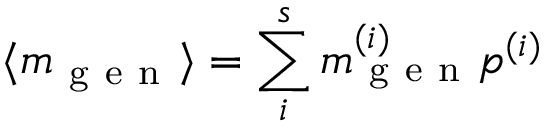
\langle m _ { \mathrm { ~ g ~ e ~ n ~ } } \rangle = \sum _ { i } ^ { s } m _ { \mathrm { ~ g ~ e ~ n ~ } } ^ { ( i ) } p ^ { ( i ) }